Treatise on elephants
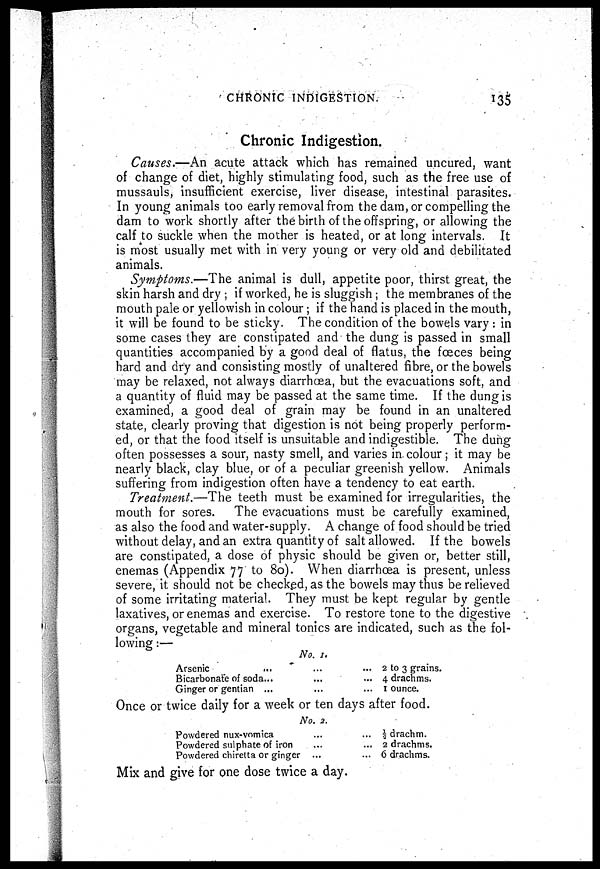
CHRONIC INDIGESTION.
135
Chronic Indigestion.
Causes.—An acute attack which has remained uncured, want
of change of diet, highly stimulating food, such as the free use of
mussauls, insufficient exercise, liver disease, intestinal parasites.
In young animals too early removal from the dam, or compelling the
dam to work shortly after the birth of the offspring, or allowing the
calf to suckle when the mother is heated, or at long intervals. It
is most usually met with in very young or very old and debilitated
animals.
Symptoms.—The animal is dull, appetite poor, thirst great, the
skin harsh and dry ; if worked, he is sluggish ; the membranes of the
mouth pale or yellowish in colour; if the hand is placed in the mouth,
it will be found to be sticky. The condition of the bowels vary : in
some cases they are constipated and the dung is passed in small
quantities accompanied by a good deal of flatus, the fœces being
hard and dry and consisting mostly of unaltered fibre, or the bowels
may be relaxed, not always diarrhoea, but the evacuations soft, and
a quantity of fluid may be passed at the same time. If the dung is
examined, a good deal of grain may be found in an unaltered
state, clearly proving that digestion is not being properly perform-
ed, or that the food itself is unsuitable and indigestible. The dung
often possesses a sour, nasty smell, and varies in colour ; it may be
nearly black, clay blue, or of a peculiar greenish yellow. Animals
suffering from indigestion often have a tendency to eat earth.
Treatment.—The teeth must be examined for irregularities, the
mouth for sores. The evacuations must be carefully examined,
as also the food and water-supply. A change of food should be tried
without delay, and an extra quantity of salt allowed. If the bowels
are constipated, a dose of physic should be given or, better still,
enemas (Appendix 77 to 80). When diarrhœa is present, unless
severe, it should not be checked, as the bowels may thus be relieved
of some irritating material. They must be kept regular by gentle
laxatives, or enemas and exercise. To restore tone to the digestive
organs, vegetable and mineral tonics are indicated, such as the fol-
lowing :—
No. 1.
Arsenic
...
Bicarbonate of soda...
Ginger or gentian ...
2 to 3 grains.
4 drachms.
1 ounce.
Once or twice daily for a week or ten days after food.
No. 2.
Powdered nux-vomica
Powdered sulphate of iron
Powdered chiretta or ginger ...
½ drachm.
2 drachms.
6 drachms.
Mix and give for one dose twice a day.